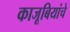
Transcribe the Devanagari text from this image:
काजूबियांचे